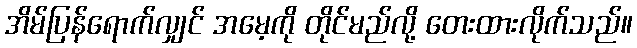
အိမ်ပြန်ရောက်လျှင် အမေ့ကို တိုင်မည်လို့ တေးထားလိုက်သည်။